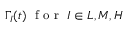
\Gamma _ { I } ( t ) \, \, \mathrm { ~ f ~ o ~ r ~ } \, \, I \in { L , M , H }